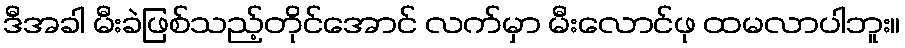
ဒီအခါ မီးခဲဖြစ်သည့်တိုင်အောင် လက်မှာ မီးလောင်ဖု ထမလာပါဘူး။